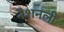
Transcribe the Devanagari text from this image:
नैशनली